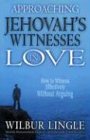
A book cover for Approaching Jehovah's Witnesses in Love: How to Witness Effectively Without Arguing; Wilbur Lingle; Christian Books & Bibles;